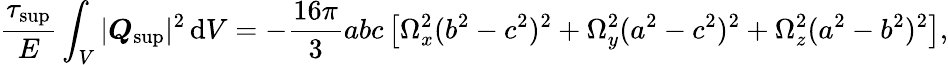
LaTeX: \frac{\tau_{\mathrm{sup}}}{E}\int_{V}|\boldsymbol{Q}_{\mathrm{sup}}|^{2}\, \mathrm{d}V=-\frac{16\pi}{3}abc\left[\Omega_{x}^{2}(b^{2}-c^{2})^{2}+\Omega_{y}^{2}(a^{2}-c^{2})^{2}+\Omega_{z}^{2}(a^{2}-b^{2})^{2}\right],